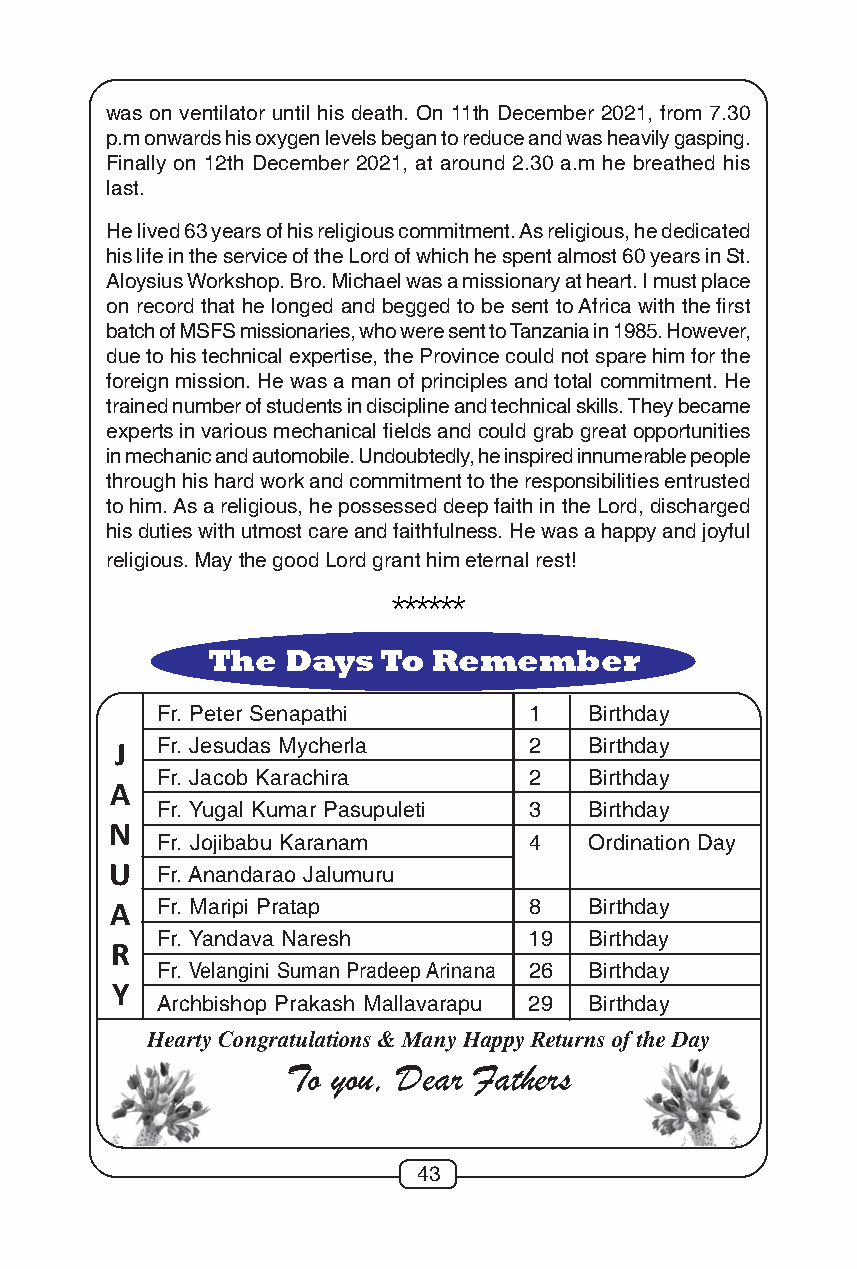
was on ventilator until his death. On 11th December 2021, from 7.30
 p.m onwards his oxygen levels began to reduce and was heavily gasping.
 Finally on 12th December 2021, at around 2.30 a.m he breathed his
 last.
 He lived 63 years of his religious commitment. As religious, he dedicated
 his life in the service of the Lord of which he spent almost 60 years in St.
 Aloysius Workshop. Bro. Michael was a missionary at heart. I must place
 on record that he longed and begged to be sent to Africa with the first
 batch of MSFS missionaries, who were sent to Tanzania in 1985. However,
 due to his technical expertise, the Province could not spare him for the
 foreign mission. He was a man of principles and total commitment. He
 trained number of students in discipline and technical skills. They became
 experts in various mechanical fields and could grab great opportunities
 in mechanic and automobile. Undoubtedly, he inspired innumerable people
 through his hard work and commitment to the responsibilities entrusted
 to him. As a religious, he possessed deep faith in the Lord, discharged
 his duties with utmost care and faithfulness. He was a happy and joyful
 religious. May the good Lord grant him eternal rest!
 ******
 The  Days  To  Remember
 Fr. Peter Senapathi      1   Birthday
 J Fr. Jesudas Mycherla     2   Birthday
 Fr. Jacob Karachira      2   Birthday
 A
 Fr. Yugal Kumar Pasupuleti 3 Birthday
 N
 Fr. Jojibabu Karanam     4   Ordination Day
 U  Fr. Anandarao Jalumuru
 A  Fr. Maripi Pratap        8   Birthday
 Fr. Yandava Naresh       19  Birthday
 R
 Fr. Velangini Suman Pradeep Arinana 26 Birthday
 Y
 Archbishop Prakash Mallavarapu 29 Birthday
 Hearty Congratulations & Many Happy Returns of the Day
 To you, Dear Fathers
 43